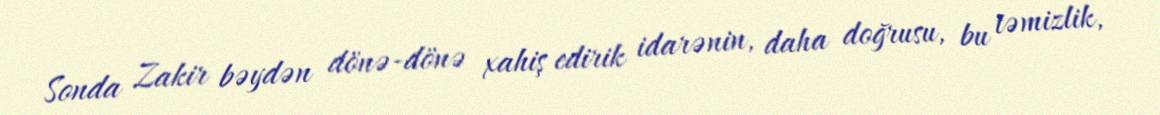
Sonda Zakir bəydən dönə-dönə xahiş edirik idarənin, daha doğrusu, bu təmizlik,